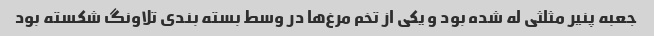
جعبه پنیر مثلثی له شده بود و یکی از تخم مرغ‌ها در وسط بسته بندی تلاونگ شکسته بود